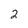
Character: 2